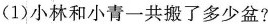
(1)小林和小青一共搬了多少盆?